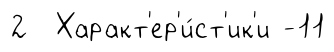
2 Характ'ер'и́ст'ик'и -11